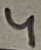
Text: 4